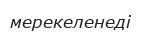
мерекеленеді